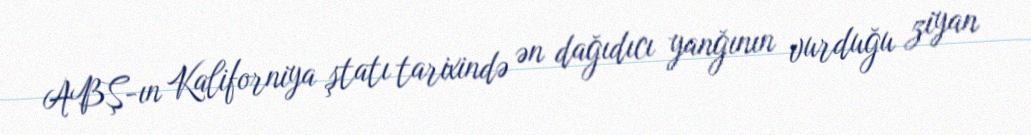
ABŞ-ın Kaliforniya ştatı tarixində ən dağıdıcı yanğının vurduğu ziyan